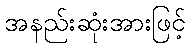
အနည်းဆုံးအားဖြင့်